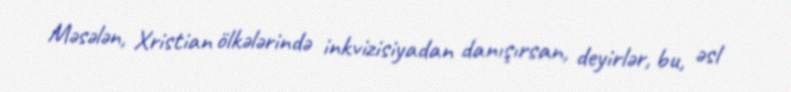
Məsələn, Xristian ölkələrində inkvizisiyadan danışırsan, deyirlər, bu, əsl